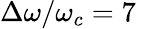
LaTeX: \Delta\omega/\omega_{c}=7\